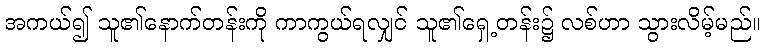
အကယ်၍ သူ၏နောက်တန်းကို ကာကွယ်ရလျှင် သူ၏ရှေ့တန်း၌ လစ်ဟာ သွားလိမ့်မည်။